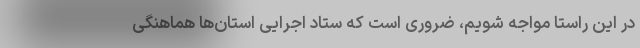
در این راستا مواجه شویم، ضروری است که ستاد اجرایی استان‌ها هماهنگی